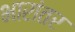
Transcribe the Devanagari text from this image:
भारांतर